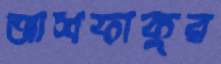
আশফাকুর